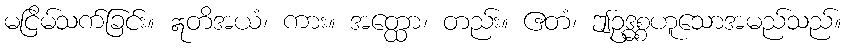
မငြိမ်သက်ခြင်း။ ဣတိအယံ၊ ကား။ အတ္ထော၊ တည်း။ ဧတံ၊ ဤဥဒ္ဓစ္စဟူသောအမည်သည်။